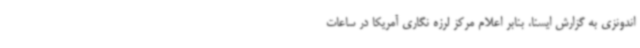
اندونزی به گزارش ایسنا، بنابر اعلام مرکز لرزه نگاری آمریکا در ساعات